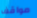
مواقف